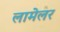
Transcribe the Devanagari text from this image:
लामेलर